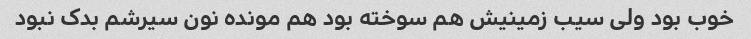
خوب بود ولی سیب زمینیش هم سوخته بود هم مونده نون سیرشم بدک نبود